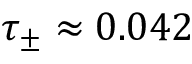
\tau _ { \pm } \approx 0 . 0 4 2